Rangoon Lunatic Asylum 1893-1897 - 1893-1897
Year: 1893
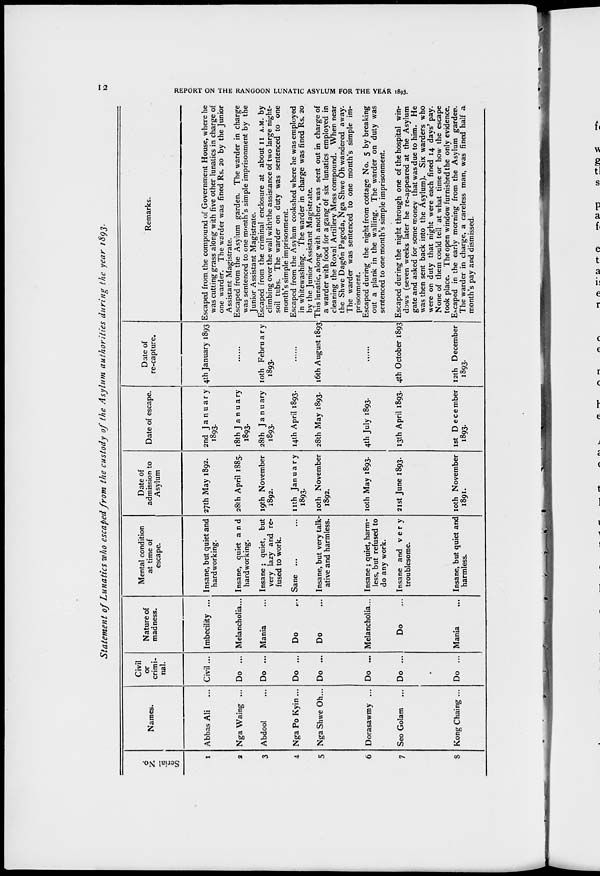
12
REPORT ON THE RANGOON LUNATIC ASYLUM FOR THE YEAR 1893.
Statement of Lunatics who escaped from the custody of the Asylum authorities during the year 1893.
Serial No.
1
2
3
4
5
6
7
8
Names.
Abbas Ali ...
Nga Waing ...
Abdool ...
Nga Po Kyin...
Nga Shwe Oh...
Dorasawmy ...
Seo Golam ...
Kong Chaing ...
Civil
or
crimi-
nal.
Civil...
Do ...
Do ...
Do ...
Do ...
Do ...
Do ...
Do ...
Nature of
madness.
Imbecility ...
Melancholia...
Mania
Do
Do
Melancholia...
Do
Mania
Mental condition
at time of
escape.
Insane, but quiet and
hardworking.
Insane, quiet and
hardworking.
Insane; quiet, but
very lazy and re-
fused to work.
Sane ... ...
Insane, but very talk-
ative and harmless.
Insane; quiet, harm-
less, but refused to
do any work.
Insane and very
troublesome.
Insane, but quiet and
harmless.
Date of
admission to
Asylum
27th May 1892.
28th April 1885.
19th November
1892.
11th January
1893.
10th November
1892.
10th May 1893.
21st June 1893.
10th November
1891.
Date of escape.
2nd January
1893.
18th January
1893.
28th January
1893.
14th April 1893.
28th May 1893.
4th July 1893.
13th April 1893.
1st December
1893.
Date of
re-capture.
4th January 1893
10th February
1893.
16th August 1893
4th October 1893
12th December
1893.
Remarks.
Escaped from the compound of Government House, where he
was cutting grass along with five other lunatics in charge of
one warder. The warder was fined Rs. 20 by the Junior
Assistant Magistrate.
Escaped from the Asylum garden. The warder in charge
was sentenced to one month's simple imprisonment by the
Junior Assistant Magistrate.
Escaped from the criminal enclosure at about II A.M. by
climbing over the wall with the assistance of two large night¬
soil tubs. The warder on duty was sentenced to one
month's simple imprisonment.
Escaped from the Asylum cookshed where he was employed
in whitewashing. The warder in charge was fined Rs. 20
by the Junior Assistant Magistrate.
This lunatic, along with another, was sent out in charge of
a warder with food for a gang of six lunatics employed in
cleaning the Royal Artillery Mess compound. When near
the Shwe Dagôn Pagoda, Nga Shwe Oh wandered away.
The warder was sentenced to one month's simple im-
prisonment.
Escaped during the night from cottage No. 5 by breaking
out a plank in the walling. The warder on duty was
sentenced to one month's simple imprisonment.
Escaped during the night through one of the hospital win-
dows (seven weeks later he re-appeared at the Asylum
gate and asked for some money that was due to him. He
was then sent back into the Asylum). Six warders who
were on duty that night were each fined 14 days' pay.
None of them could tell at what time or how the escape
took place. The open window furnished the only evidence.
Escaped in the early morning from the Asylum garden.
The warder in charge, a careless man, was fined half a
month's pay and dismissed.